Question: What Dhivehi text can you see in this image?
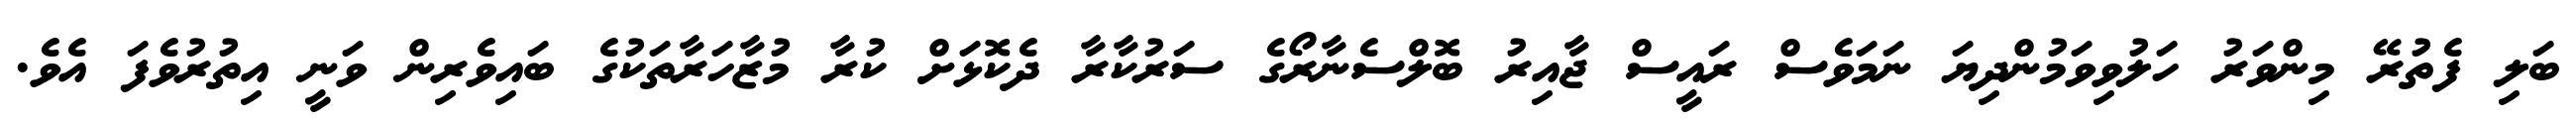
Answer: ބަލި ފެތުރޭ މިންވަރު ހަލުވިވަމުންދިޔަ ނަމަވެސް ރައީސް ޖާއިރު ބޮލްސެނާރޯގެ ސަރުކާރާ ދެކޮޅަށް ކުރާ މުޒާހަރާތަކުގެ ބައިވެރިން ވަނީ އިތުރުވެފަ އެވެ.